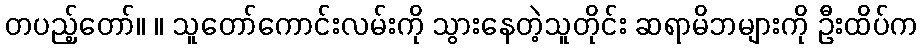
တပည့်တော်။ ။ သူတော်ကောင်းလမ်းကို သွားနေတဲ့သူတိုင်း ဆရာမိဘများကို ဦးထိပ်က